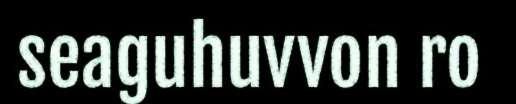
seaguhuvvon ro